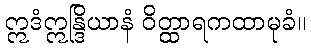
ဣဒံဣန္ဒြိယာနံ ဝိတ္ထာရကထာမုခံ။